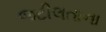
જટીલતાના